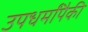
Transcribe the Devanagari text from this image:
उपधर्मांपैकी